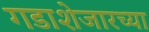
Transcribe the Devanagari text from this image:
गडाशेजारच्या